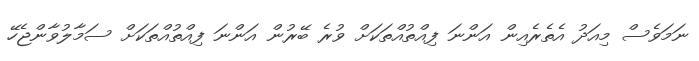
ނަމަވެސް މިއަދު އެތެރެއިން އަންނަ ފިއްތުއްތަކަށް ވުރެ ބޭރުން އަންނަ ފިއްތުއްތަކަށް ސަމާލުވާންޖެހޭ